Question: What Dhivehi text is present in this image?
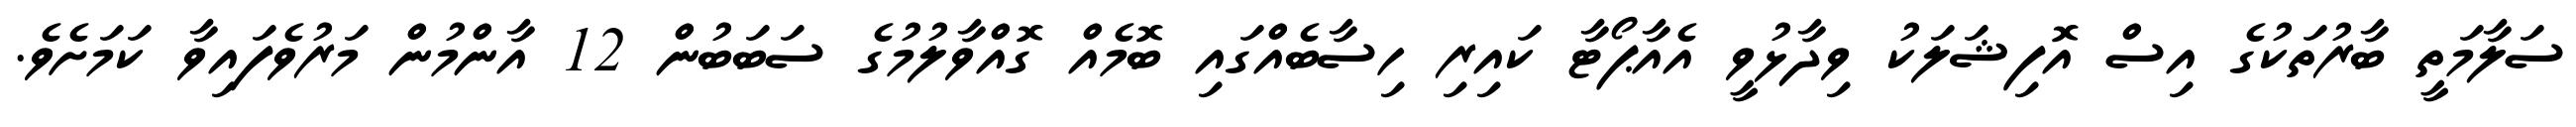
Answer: ސަލާމަތީ ބާރުތަކުގެ އިސް އޮފިޝަލަކު ވިދާޅުވީ އެއާޕޯޓާ ކައިރި ހިސާބެއްގައި ބޮމެއް ގޮއްވާލުމުގެ ސަބަބުން 12 އާންމުން މަރުވެފައިވާ ކަމަށެވެ.